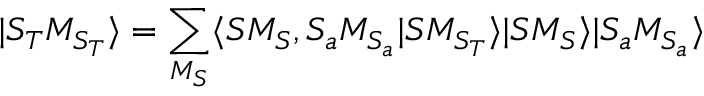
| S _ { T } M _ { S _ { T } } \rangle = \sum _ { M _ { S } } \langle S M _ { S } , S _ { a } M _ { S _ { a } } | S M _ { S _ { T } } \rangle | S M _ { S } \rangle | S _ { a } M _ { S _ { a } } \rangle